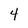
Character: 4